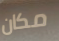
مكان